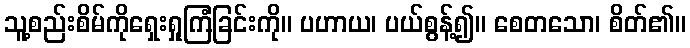
သူ့စည်းစိမ်ကိုရှေးရှုကြံခြင်းကို။ ပဟာယ၊ ပယ်စွန့်၍။ စေတသော၊ စိတ်၏။